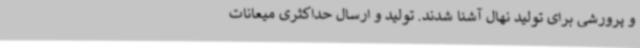
و پرورشی برای تولید نهال آشنا شدند. تولید و ارسال حداکثری میعانات